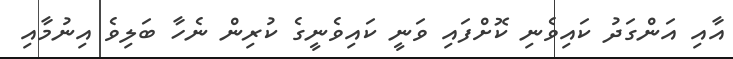
އާއި އަންގަދު ކައިވެނި ކޮށްފައި ވަނީ ކައިވެނީގެ ކުރިން ނެހާ ބަލިވެ އިނުމާއި